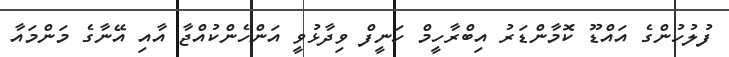
ފުލުހުންގެ އައްޑޫ ކޮމާންޑަރު އިބްރާހީމް ހަނީފް ވިދާޅުވީ އަންހެންކުއްޖާ އާއި އޭނާގެ މަންމައާ